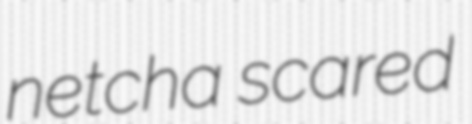
netcha scared